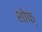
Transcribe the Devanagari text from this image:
शोफ्